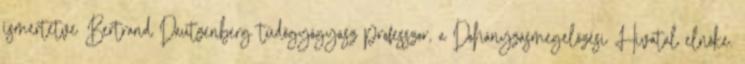
ismertetve Bertrand Dautzenberg tüdőgyógyász professzor, a Dohányzásmegelőzési Hivatal elnöke.